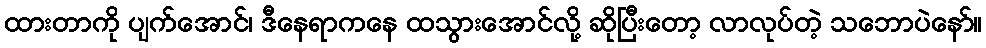
ထားတာကို ပျက်အောင်၊ ဒီနေရာကနေ ထသွားအောင်လို့ ဆိုပြီးတော့ လာလုပ်တဲ့ သဘောပဲနော်။